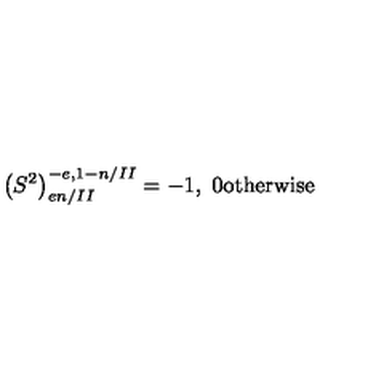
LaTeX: \left( S ^ { 2 } \right) _ { e n / I I } ^ { - e , 1 - n / I I } = - 1 , \ 0 \mathrm { o t h e r w i s e }